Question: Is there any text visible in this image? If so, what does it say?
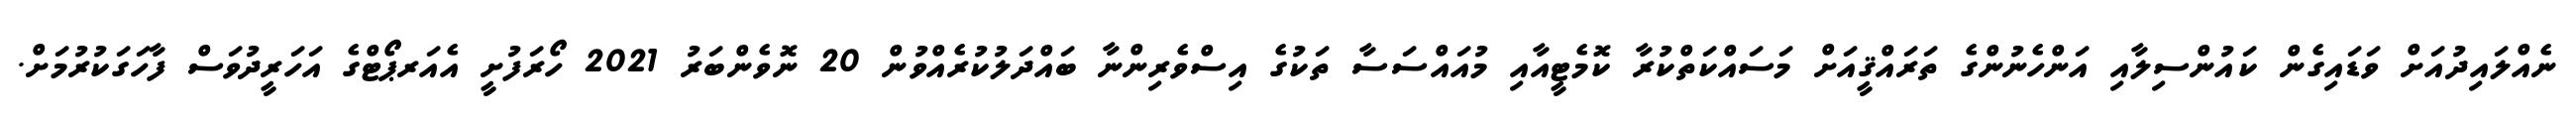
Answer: ނެއްލައިދުއަށް ވަޑައިގެން ކައުންސިލާއި އަންހެނުންގެ ތަރައްޤީއަށް މަސައްކަތްކުރާ ކޮމެޓީއާއި މުއައްސަސާ ތަކުގެ އިސްވެރިންނާ ބައްދަލުކުރެއްވުން 20 ނޮވެންބަރު 2021 ހޯރަފުށީ އެއަރޕޯޓްގެ އަހަރީދުވަސް ފާހަގަކުރުމަށް.